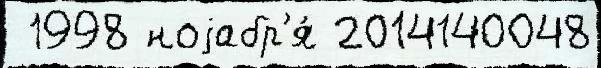
 1998 ноjабр'я́ 2014140048